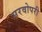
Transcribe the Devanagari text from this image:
सरवोपरी